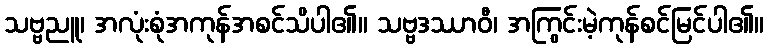
သဗ္ဗညူ၊ အလုံးစုံအကုန်အစင်သိပါ၏။ သဗ္ဗဒဿာဝီ၊ အကြွင်းမဲ့ကုန်စင်မြင်ပါ၏။